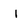
Character: I